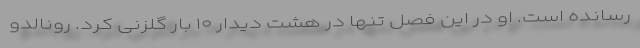
رسانده است. او در این فصل تنها در هشت دیدار ۱۰ بار گلزنی کرد. رونالدو